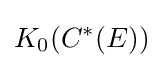
K_{0}(C^{*}(E))